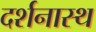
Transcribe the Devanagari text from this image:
दर्शनास्थ